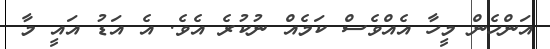
އަންހެން މީހާ އެއްވެސް ކަމެއް ނުކުރެ އެވެ. އެ އަޑު އައީ މާ